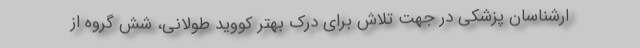
ارشناسان پزشکی در جهت تلاش برای درک بهتر کووید طولانی، شش گروه از